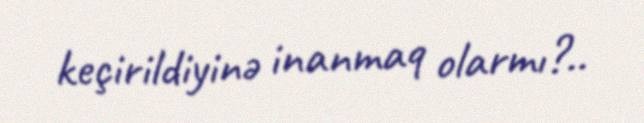
keçirildiyinə inanmaq olarmı?..